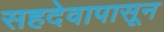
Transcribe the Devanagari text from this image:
सहदेवापासून